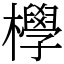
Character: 㰒